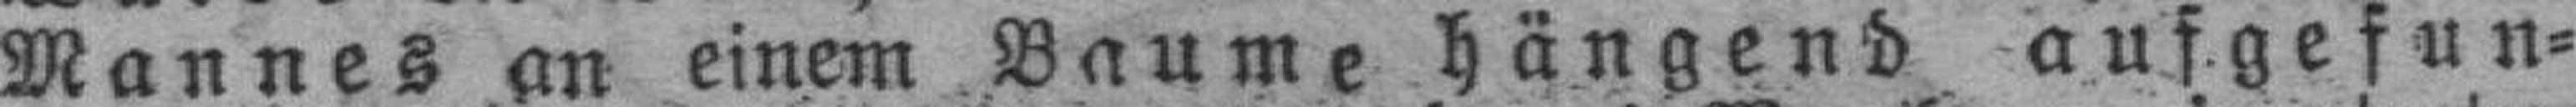
Mannes an einem Baume hängend aufgefun¬